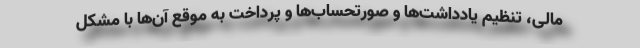
مالی، تنظیم یادداشت‌ها و صورتحساب‌ها و پرداخت به موقع آن‌ها با مشکل